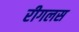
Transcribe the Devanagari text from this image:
रीगलस